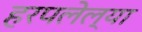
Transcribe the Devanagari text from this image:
हरपलेल्या